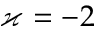
\varkappa = - 2